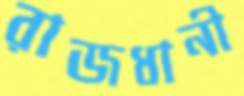
রাজধানী